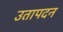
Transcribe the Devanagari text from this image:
उतापदन